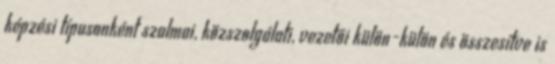
képzési típusonként szalmai, közszolgálati, vezetői külön-külön és összesítve is